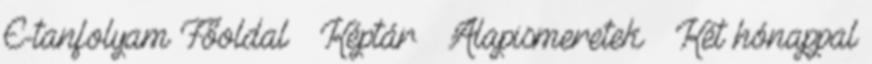
E-tanfolyam Főoldal » Képtár » Alapismeretek » Két hónappal